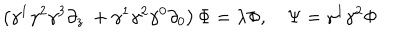
\left( \gamma ^ { 1 } \gamma ^ { 2 } \gamma ^ { 3 } \partial _ { z } \ + \gamma ^ { 1 } \gamma ^ { 2 } \gamma ^ { 0 } \partial _ { 0 } \right) \Phi = \lambda \Phi , \quad \Psi = \gamma ^ { 1 } \gamma ^ { 2 } \Phi